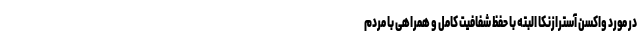
در مورد واکسن آسترازنکا البته با حفظ شفافیت کامل و همراهی با مردم